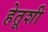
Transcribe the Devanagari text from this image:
हेतूशी